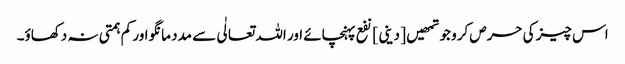
اس چیز کی حرص کرو جو تمھیں [ دینی ] نفع پہنچائے اور اللہ تعالٰی سے مدد مانگو اور کم ہمتی نہ دکھاؤ۔